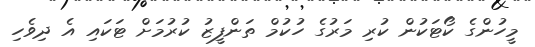
މީހުންގެ ކޯޓަކުން ކުރި މަރުގެ ހުކުމް ތަަންފީޒު ކުރުމަށް ޓަކައި އެ ދިވެހި